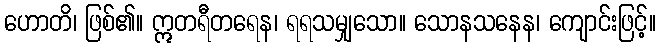
ဟောတိ၊ ဖြစ်၏။ ဣတရီတရေန၊ ရရသမျှသော။ သောနသနေန၊ ကျောင်းဖြင့်။